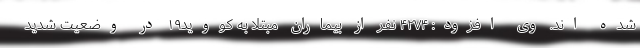
شده اند. وی افزود: ۴۲۷۴ نفر از بیماران مبتلا به کووید۱۹ در وضعیت شدید